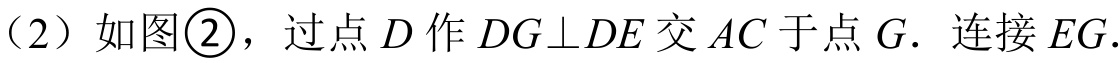
（2）如图\textcircled{2}，过点 \(D\) 作 \(DG\perp DE\) 交 \(AC\) 于点 \(G\)．连接 \(EG\)．